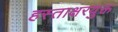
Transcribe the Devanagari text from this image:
हस्ताक्षरयुक्त